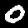
Digit: 0